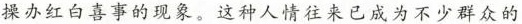
操办红白喜事的现象。这种人情往来已成为不少群众的